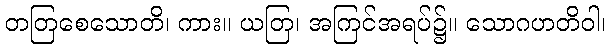
တတြစေသောတိ၊ ကား။ ယတြ၊ အကြင်အရပ်၌။ သောဂဟတိဝါ၊